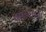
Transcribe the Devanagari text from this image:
वणव्याच्या